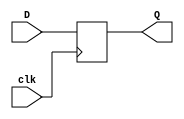
module temp_storage (clk,D,Q);//A,B and MDR and ALU can use this
    parameter data_width=32;
    input clk;
    input[data_width-1:0] D;
    output wire[data_width-1:0] Q;

    always @(posedge clk) begin
        Q=D;
    end
endmodule